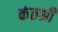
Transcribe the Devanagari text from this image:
कंठश्री